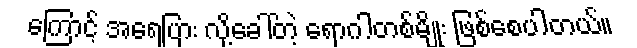
ကြောင့် အရေပြား လို့ခေါ်တဲ့ ရောဂါတစ်မျိုး ဖြစ်စေပါတယ်။